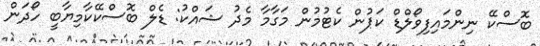
ބޮސްކޭ ނިންމައިފިވޯލްޑް ކަޕުން ކެޓުމުން މަގާމާ މެދު ޝައްކު: ޑެލް ބޮސްކޭކާމިޔާބީ ހޯދަން